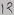
Text: 12